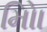
મોિા